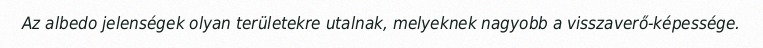
Az albedo jelenségek olyan területekre utalnak, melyeknek nagyobb a visszaverő-képessége.